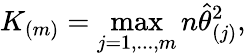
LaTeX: K_{(m)}=\operatorname*{max}_{j=1,...,m}n\widehat{\theta}_{(j)}^{2},